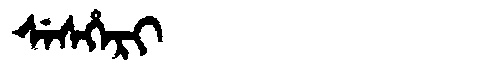
Manchu: ᠰᡝᠰᡥᡝᡵᡳ
Romanization: SESHERI